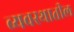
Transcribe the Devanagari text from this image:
व्यवस्थातील